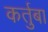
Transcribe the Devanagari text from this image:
कर्तुबा